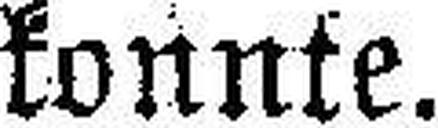
konnte.